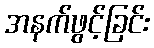
အနက်ဖွင့်ခြင်း